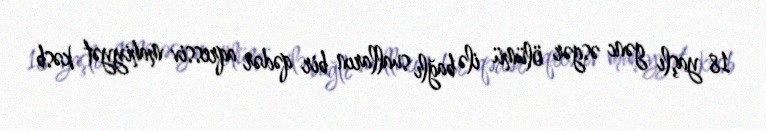
18 yaşlı gənc əsgər ölümü ilə bağlı sualların bir qədər aqressiv mahiyyət kəsb